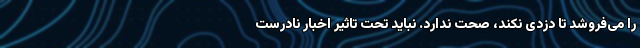
را می‌فروشد تا دزدی نکند، صحت ندارد. نباید تحت تاثیر اخبار نادرست